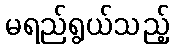
မရည်ရွယ်သည့်